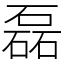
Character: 磊